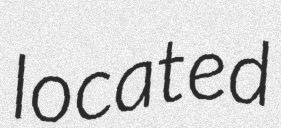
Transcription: located